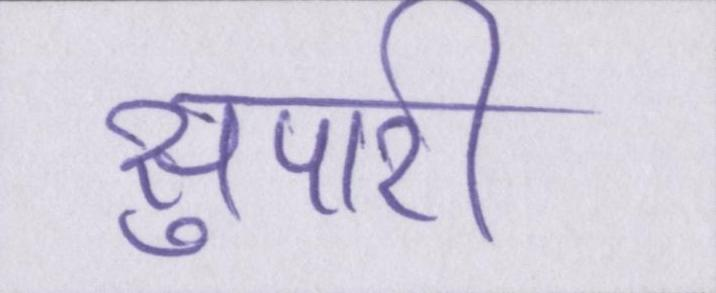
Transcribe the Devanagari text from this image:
सुपारी